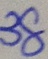
3 8